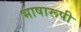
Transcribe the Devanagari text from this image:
भाषारूपी